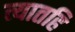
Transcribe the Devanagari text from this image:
त्यातहि